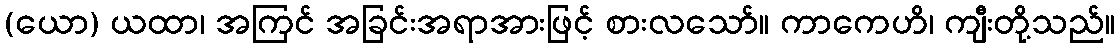
(ယော) ယထာ၊ အကြင် အခြင်းအရာအားဖြင့် စားလသော်။ ကာကေဟိ၊ ကျီးတို့သည်။